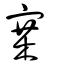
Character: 寨